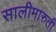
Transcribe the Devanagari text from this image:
सालीमारुती